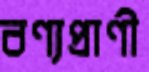
বণ্যপ্রাণী